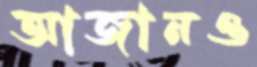
আজানও